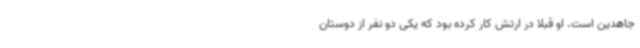
جاهدین است. او قبلا در ارتش کار کرده بود که یکی دو نفر از دوستان